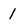
Character: I